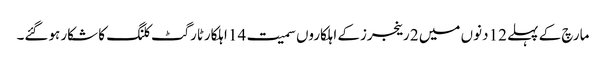
مارچ کے پہلے 12 دنوں میں 2 رینجرزکے اہلکاروں سمیت 14 اہلکارٹارگٹ کلنگ کا شکار ہوگئے۔